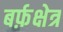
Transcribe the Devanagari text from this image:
बर्फ़क्षेत्र